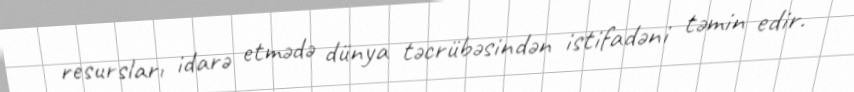
resursları idarə etmədə dünya təcrübəsindən istifadəni təmin edir.